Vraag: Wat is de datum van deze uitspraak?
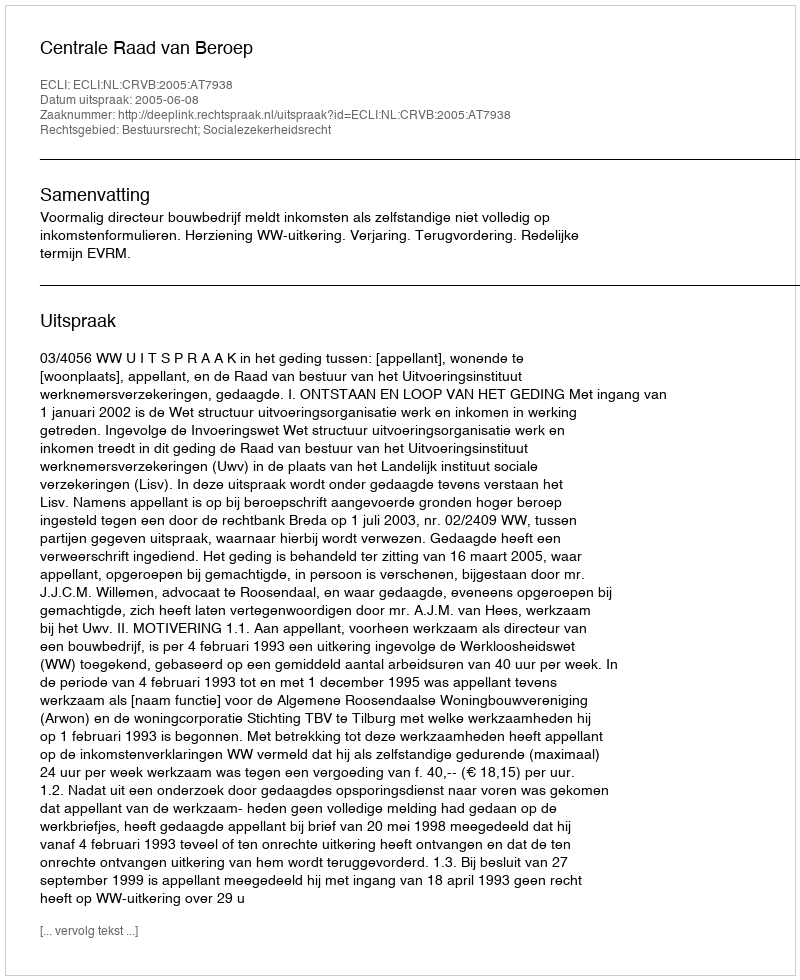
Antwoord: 2005-06-08